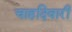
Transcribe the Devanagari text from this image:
चाहदिवारी